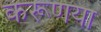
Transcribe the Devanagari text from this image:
करूणया